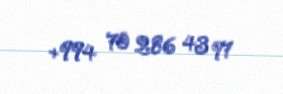
+994 70 286 43 97